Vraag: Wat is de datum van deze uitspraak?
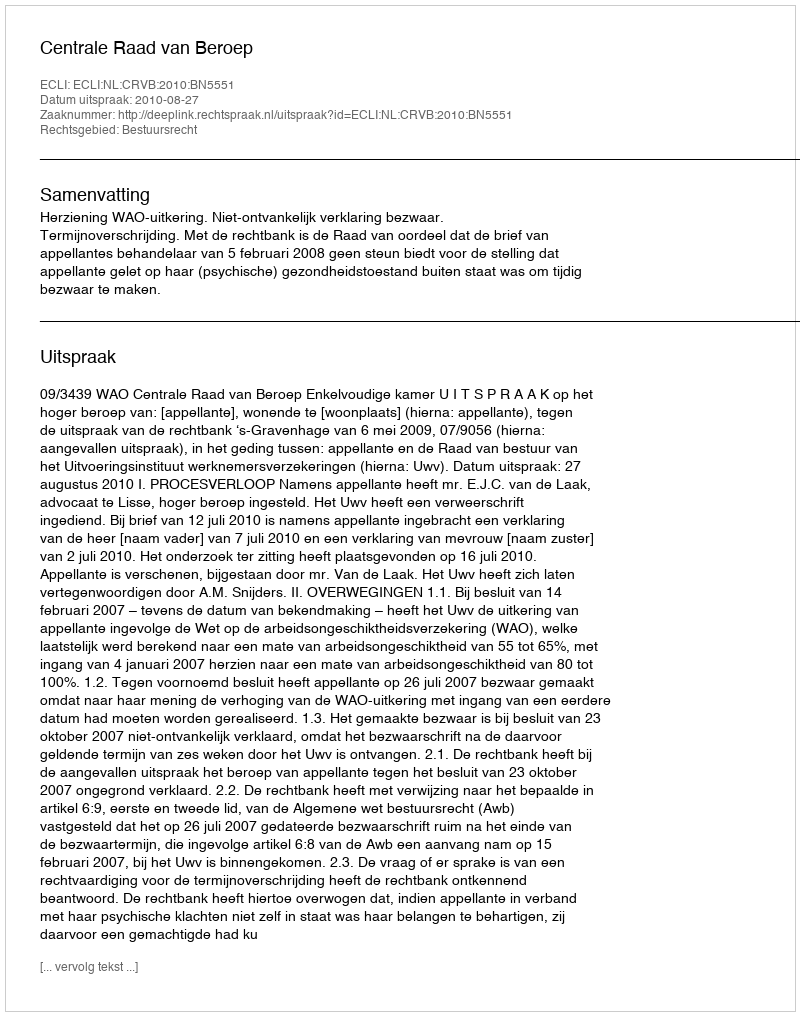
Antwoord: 2010-08-27